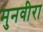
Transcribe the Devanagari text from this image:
मुनवीरा